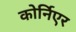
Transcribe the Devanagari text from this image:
कोर्निएर